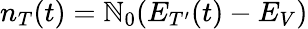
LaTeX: n_{T}(t)=\mathbb{N}_{0}(E_{T^{\prime}}(t)-E_{V})